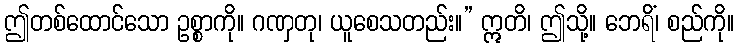
ဤတစ်ထောင်သော ဥစ္စာကို။ ဂဏှတု၊ ယူစေသတည်း။” ဣတိ၊ ဤသို့။ ဘေရိံ၊ စည်ကို။